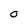
Character: O